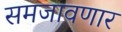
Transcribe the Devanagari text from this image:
समजावणार